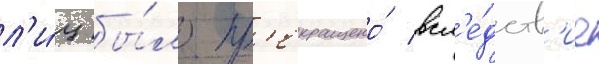
л'и́ц бы́ло пр'екращено́ всл'е́дств'ие